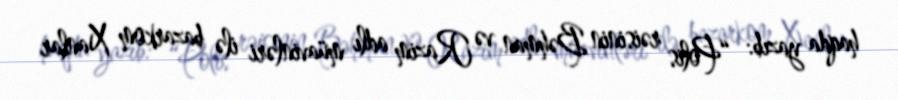
haqda yazıb: “Polis rəisinin Bəhman və Razim adlı müavinləri ilə bazarkom Xanlar